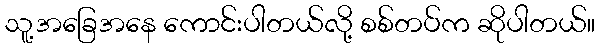
သူ့အခြေအနေ ကောင်းပါတယ်လို့ စစ်တပ်က ဆိုပါတယ်။